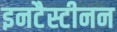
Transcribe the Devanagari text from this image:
इनटैस्टीनन